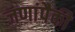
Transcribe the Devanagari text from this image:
जणांपैकी